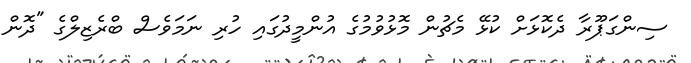
ސިންގަޕޫރާ ދެކޮޅަށް ކުޅޭ މެޗުން މޮޅުވުމުގެ އުންމީދުގައި ހުރި ނަމަވެސް ބްރެޒިލްގެ "ދޮން